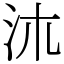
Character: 㳈